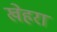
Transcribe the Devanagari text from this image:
खेहरा